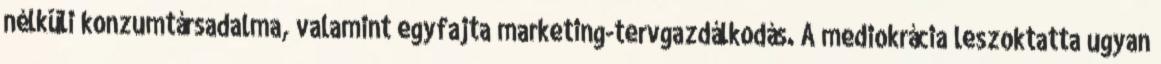
nélküli konzumtársadalma, valamint egyfajta marketing-tervgazdálkodás. A mediokrácia leszoktatta ugyan